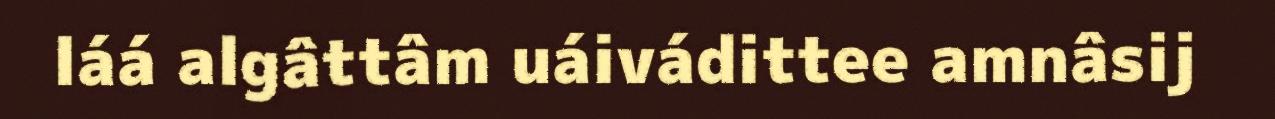
láá algâttâm uáivádittee amnâsij